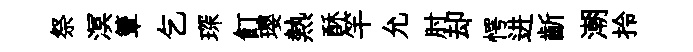
祭溟簟乞琛飣瓔熱酥竿允肘却愕进齗潮拎